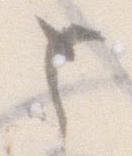
と